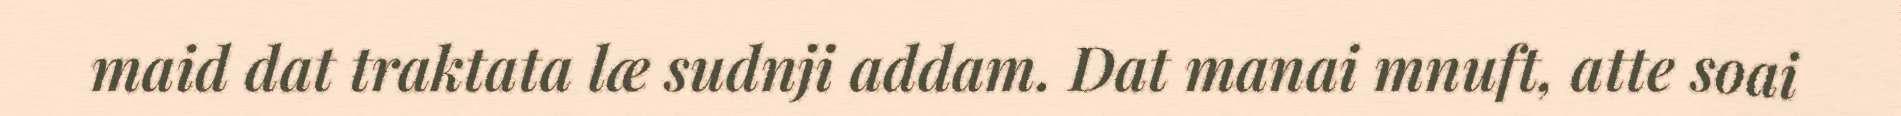
maid dat traktata læ sudnji addam. Dat manai mnuft, atte soai